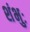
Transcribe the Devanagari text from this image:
शंभुः